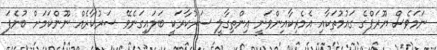
ނަމަވެސް ޔޫރަޕްގެ ގައުމުތަކާއި އެމެރިކާއިންވަނީ އިންތިގާލީ ސަރުކާރަކީ ބަލައިގަނެވޭ ސަރުކާރެއް ނޫންކަމަށް ބުނެފަ